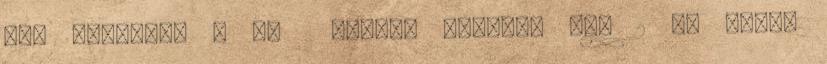
itt elérhető 5 db csomag Nagyobb kép 2 dl Pohár